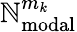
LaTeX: \mathbb{N}_{\mathrm{{modal}}}^{m_{k}}